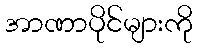
အာဏာပိုင်များကို